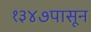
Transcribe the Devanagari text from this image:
१३४७पासून